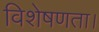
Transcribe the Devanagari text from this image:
विशेषणता।